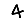
Digit: 4